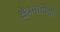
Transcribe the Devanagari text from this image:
क्षेत्रमापियों